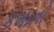
કમાતો